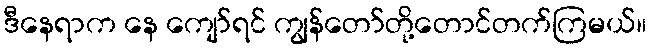
ဒီနေရာက နေ ကျော်ရင် ကျွန်တော်တို့တောင်တက်ကြမယ်။